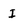
Character: I